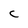
Character: C